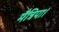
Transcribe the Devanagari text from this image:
मैत्रिपा।